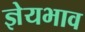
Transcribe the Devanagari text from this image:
ज्ञेयभाव